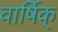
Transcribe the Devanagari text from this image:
वार्षिक्